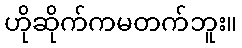
ဟိုဆိုက်ကမတက်ဘူး။